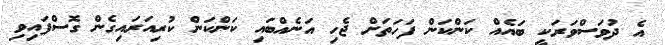
އެ ދުވަސްވަރަކީ ބައެއް ކަންކަން ފަހަތަށް ޖެހި އަނެއްބައި ކަންކަން ކުރިއަރައިގެން ގޮސްފައިވި